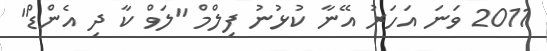
2011 ވަނަ އަހަރު އޭނާ ކުޅުނު ފިލްމް "ލަވް ކާ ދި އެންޑް"